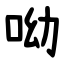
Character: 呦